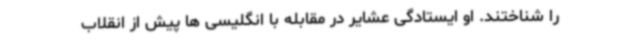
را شناختند. او ایستادگی عشایر در مقابله با انگلیسی ها پیش از انقلاب